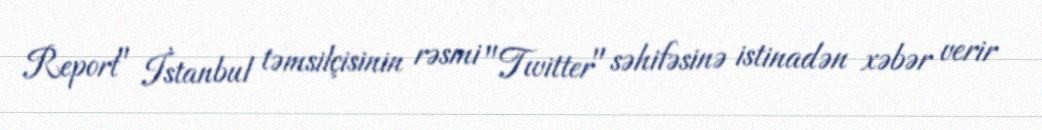
Report" İstanbul təmsilçisinin rəsmi "Twitter" səhifəsinə istinadən xəbər verir